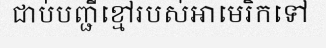
ជាប់បញ្ជីខ្មៅរបស់អាមេរិកទៅ